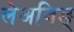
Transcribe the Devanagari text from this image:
लेअविङ्